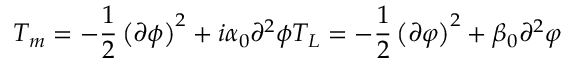
T _ { m } = - { \frac { 1 } { 2 } } \left( \partial \phi \right) ^ { 2 } + i \alpha _ { 0 } \partial ^ { 2 } \phi T _ { L } = - { \frac { 1 } { 2 } } \left( \partial \varphi \right) ^ { 2 } + \beta _ { 0 } \partial ^ { 2 } \varphi